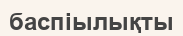
баспіылықты